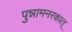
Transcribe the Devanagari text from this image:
पुन्नामनरकात्